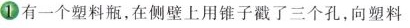
①有一个塑料瓶，在侧壁上用锥子戳了三个孔，向塑料